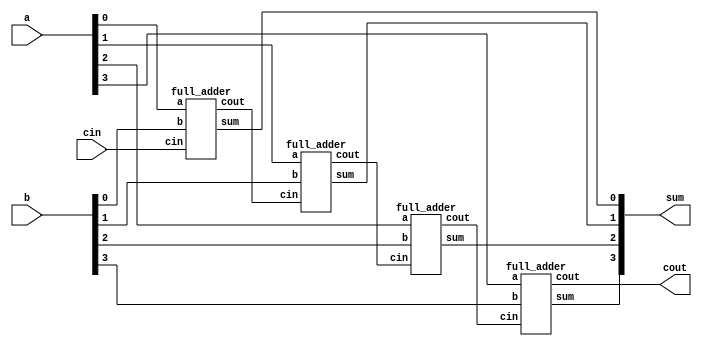

module ripple_adder_4bit(input [3:0] a,b, input cin, output [3:0] sum, output cout);

	wire carry1, carry2, carry3;
	full_adder FA0(a[0],b[0],cin,sum[0],carry1);
	full_adder FA1(a[1],b[1],carry1,sum[1],carry2);
	full_adder FA2(a[2],b[2],carry2,sum[2],carry3);
	full_adder FA3(a[3],b[3],carry3,sum[3],cout);

endmodule

module full_adder(input a, b, cin, output sum, cout);

	wire sum1,carry1,carry2;
	half_adder HA0(a,b,sum1,carry1);
	half_adder HA1(cin,sum1,sum,carry2);

	assign cout = carry1 | carry2;

endmodule
module half_adder(input a,b, output sum, carry);

	assign sum = a ^ b;
	assign carry = a & b;

endmodule